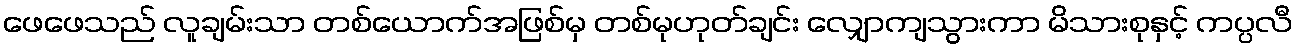
ဖေဖေသည် လူချမ်းသာ တစ်ယောက်အဖြစ်မှ တစ်မုဟုတ်ချင်း လျှောကျသွားကာ မိသားစုနှင့် ကပ္ပလီ